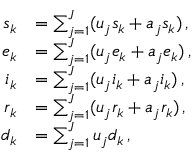
\begin{array} { r l } { s _ { k } } & { = \sum _ { j = 1 } ^ { J } ( u _ { j } s _ { k } + a _ { j } s _ { k } ) \, , } \\ { e _ { k } } & { = \sum _ { j = 1 } ^ { J } ( u _ { j } e _ { k } + a _ { j } e _ { k } ) \, , } \\ { i _ { k } } & { = \sum _ { j = 1 } ^ { J } ( u _ { j } i _ { k } + a _ { j } i _ { k } ) \, , } \\ { r _ { k } } & { = \sum _ { j = 1 } ^ { J } ( u _ { j } r _ { k } + a _ { j } r _ { k } ) \, , } \\ { d _ { k } } & { = \sum _ { j = 1 } ^ { J } u _ { j } d _ { k } \, , } \end{array}